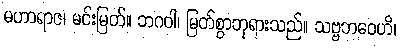
မဟာရာဇ၊ မင်းမြတ်။ ဘဂဝါ၊ မြတ်စွာဘုရားသည်။ သဗ္ဗဘဝေဟိ၊